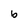
Character: b